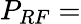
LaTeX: P_{RF}=